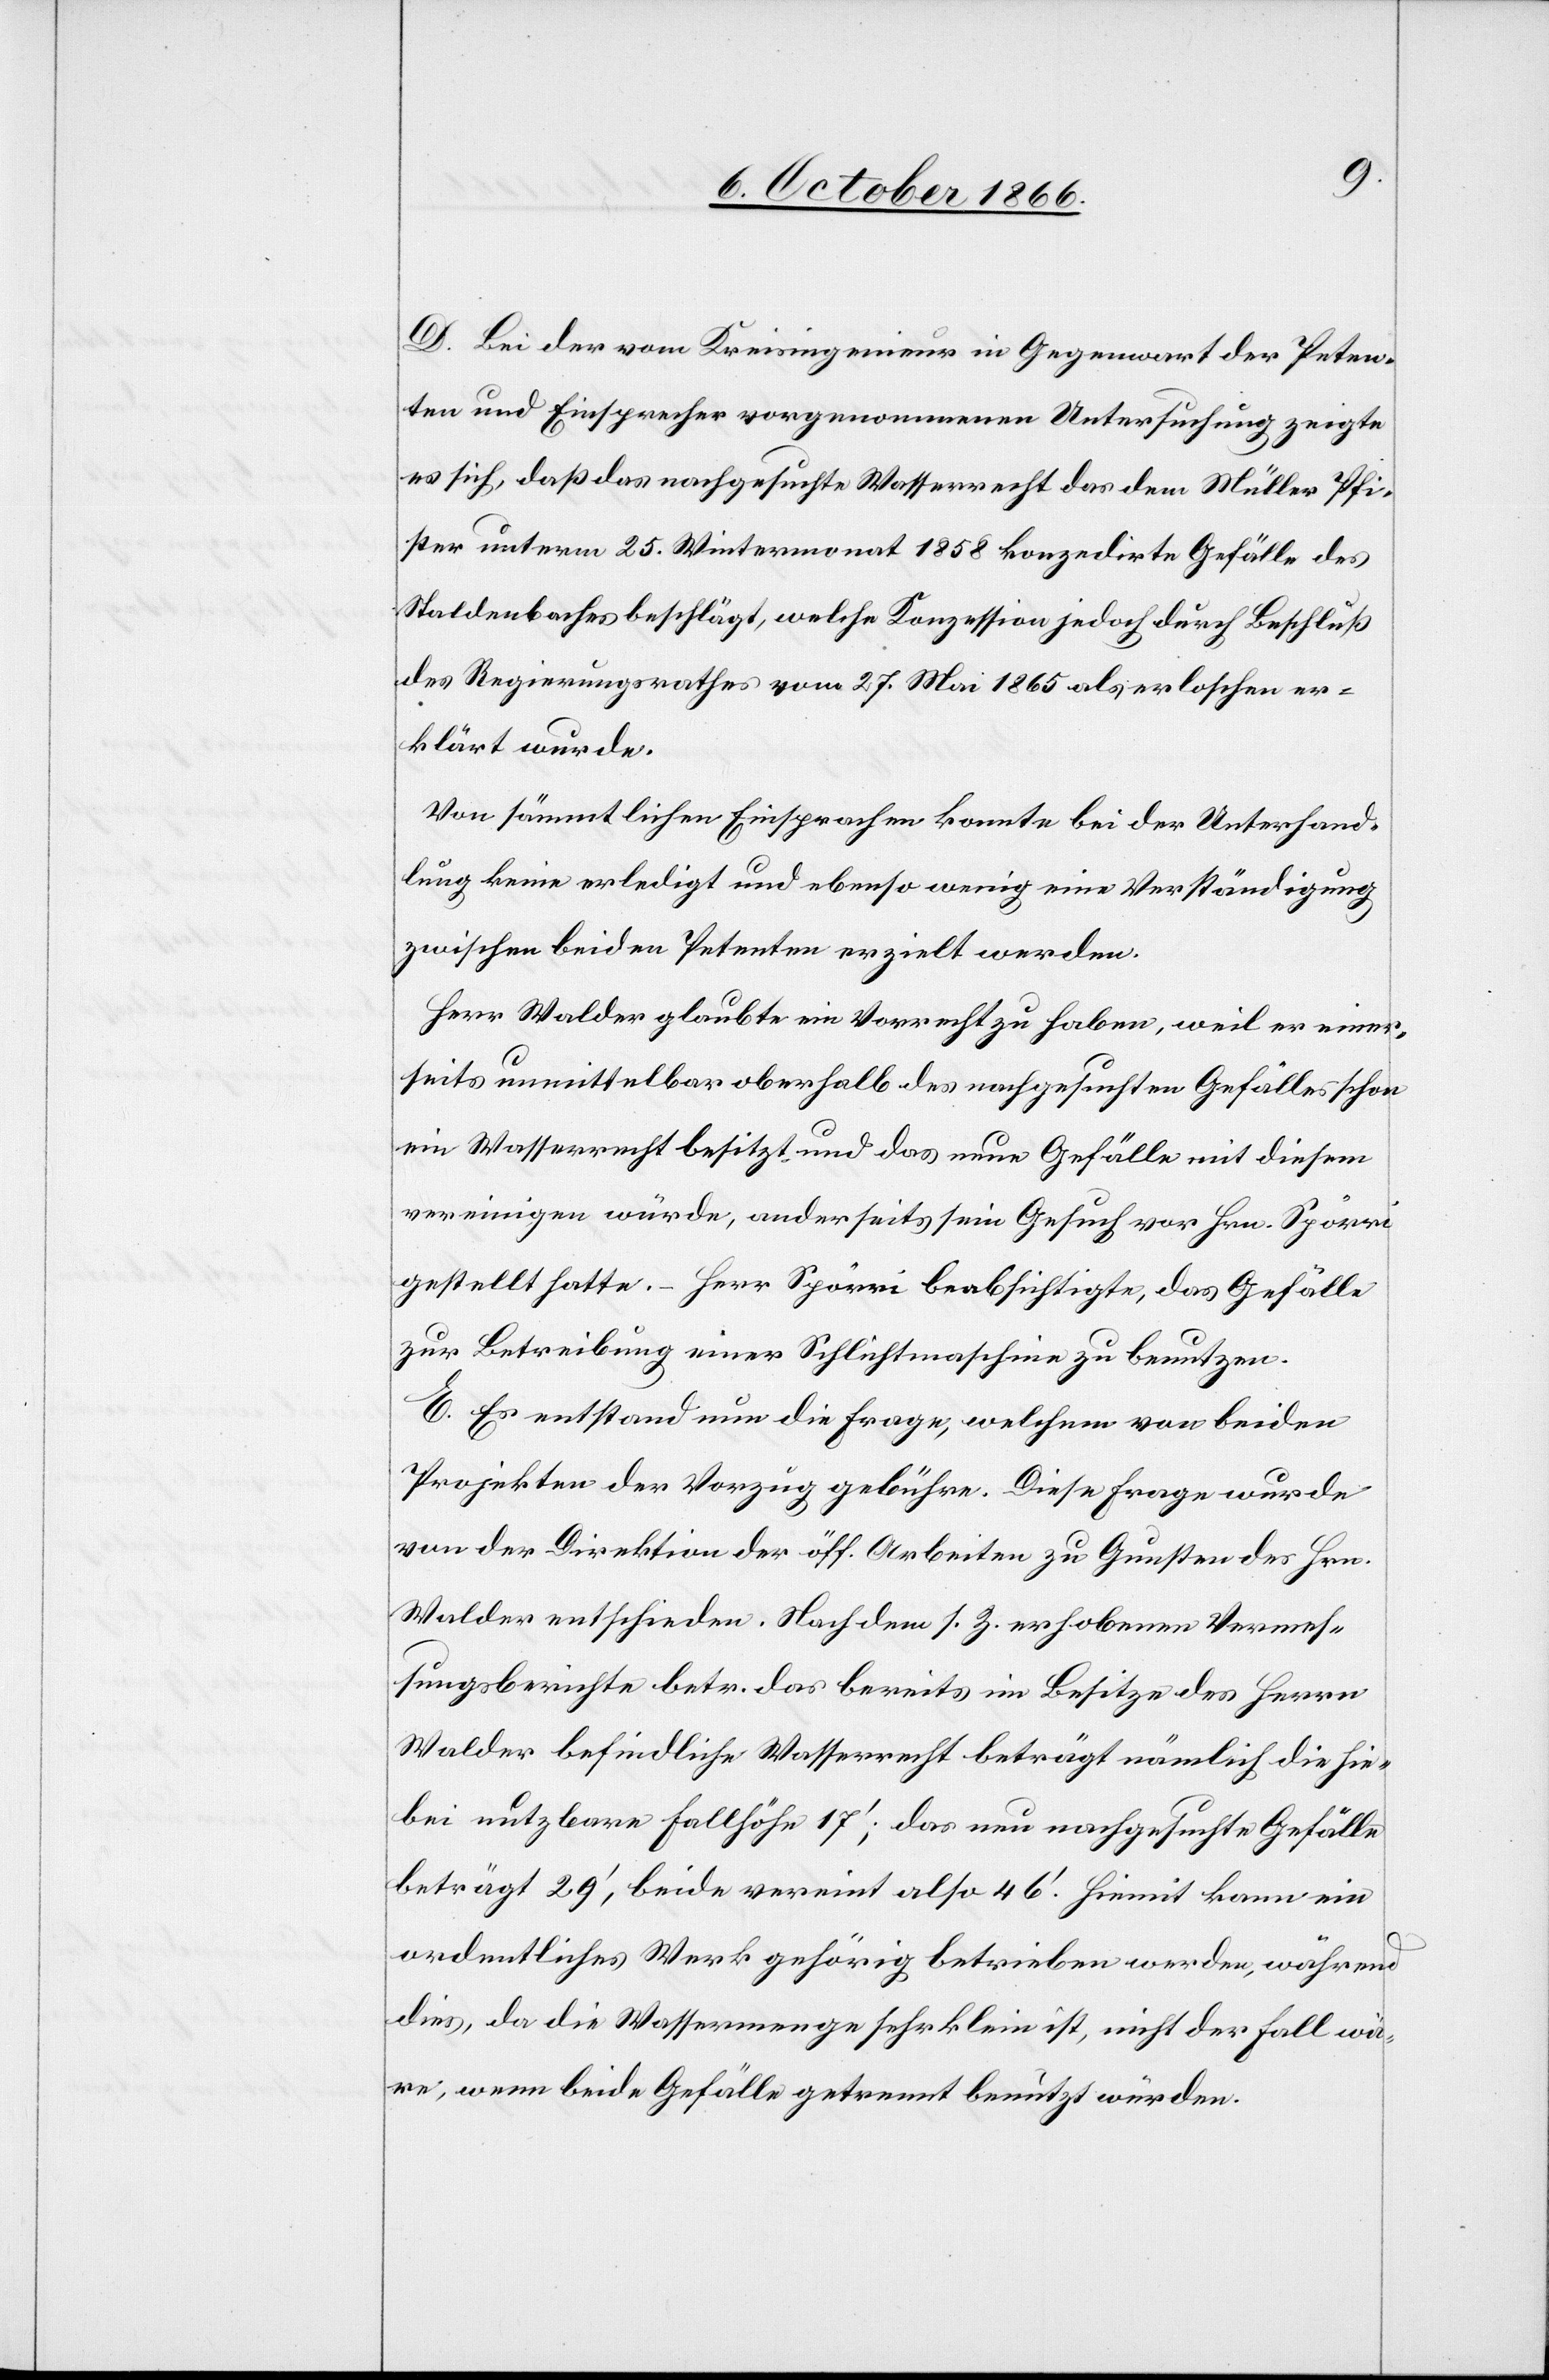
D. Bei der vom Kreisingenieur in Gegenwart der Peten¬
ten und Einsprecher vorgenommenen Untersuchung zeigte
es sich, daß das nachgesuchte Wasserrecht das dem Müller Pfi¬
ster unterm 25. Wintermonat 1858 konzedirte Gefälle des
Staldenbaches beschlägt, welche Konzession jedoch durch Beschluß
des Regierungsrathes vom 27. Mai 1865 als erloschen er¬
klärt wurde.
Von sämmtlichen Einsprachen konnte bei der Unterhand¬
lung keine erledigt und ebenso wenig eine Verständigung
zwischen beiden Petenten erzielt werden.
Herr Walder glaubte ein Vorrecht zu haben, weil er einer¬
seits unmittelbar oberhalb des nachgesuchten Gefälles schon
ein Wasserrecht besitzt und das neue Gefälle mit diesem
vereinigen würde, anderseits sein Gesuch vor Hrn. Spörri
gestellt hatte. – Herr Spörri beabsichtigte, das Gefälle
zur Betreibung einer Schlichtmaschine zu benutzen.
E. Es entstand nun die Frage, welchem von beiden
Projekten der Vorzug gebühre. Diese Frage wurde
von der Direktion der öff. Arbeiten zu Gunsten des Hrn.
Walder entschieden. Nachdem s. Z. erhobenen Vermes¬
sungsberichte betr. das bereits im Besitze des Herrn
Walder befindliche Wasserrecht beträgt nämlich die hie¬
bei nutzbare Fallhöhe 17‘; das nun nachgesuchte Gefälle
beträgt 29‘, beide vereint also 46‘. Hiemit kann ein
ordentliches Werk gehörig betrieben werden, während
dies, da die Wassermenge sehr klein ist, nicht der Fall wä¬
re, wenn beide Gefälle getrennt benutzt würden.